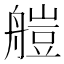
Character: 𦩴